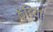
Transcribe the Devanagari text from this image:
कुंडियां